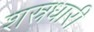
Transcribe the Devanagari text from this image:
शस्रधारी